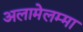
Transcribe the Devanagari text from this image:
अलामेलम्मा